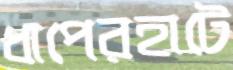
ধাপেরহাটে